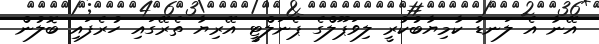
އޭނާ އެ ލަނޑު ކާމިޔާބުކުރީ ލިވަޕޫލްގެ ޕެނަލްޓީ އޭރިޔާ ތެރޭގައި ހުރެފައި ބޮލުން